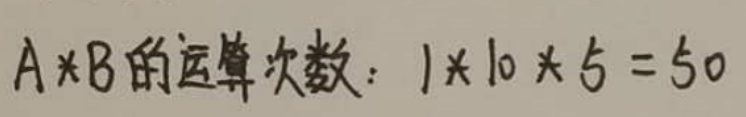
$A\times B$的运算次数：$1\times10\times5 = 50$